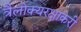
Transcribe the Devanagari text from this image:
त्रैलोक्यरक्षाकरी